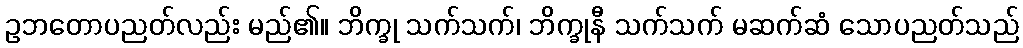
ဥဘတောပညတ်လည်း မည်၏။ ဘိက္ခု သက်သက်၊ ဘိက္ခုနီ သက်သက် မဆက်ဆံ သောပညတ်သည်